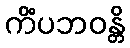
ကိံပဘဝန္တိ